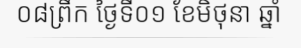
០៨ព្រឹក ថ្ងៃទី០១ ខែមិថុនា ឆ្នាំ